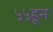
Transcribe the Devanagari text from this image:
५५हून